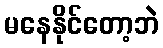
မနေနိုင်တော့ဘဲ